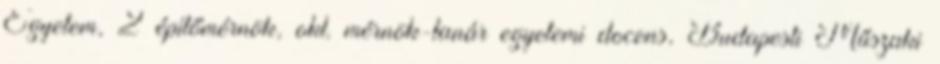
Egyetem, 2 építőmérnök, okl. mérnök-tanár egyetemi docens, Budapesti Műszaki